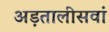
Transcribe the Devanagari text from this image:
अड़तालीसवां